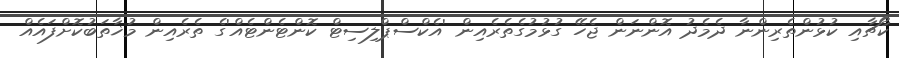
ކޯޗާއި ކުޅުންތެރިންނާ ދެމެދު އޮންނަން ޖެހޭ ގުޅުމުގެތެރެއިން 'އެކްސްޕްލިސިޓް ކޮންޓެންޓެއް'ގެ ތެރެއިން މުޚާތަބުކޮށްފައެއް